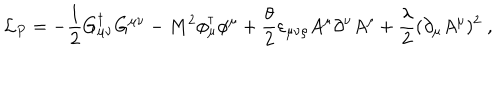
LaTeX: { \cal L } _ { P } = - \frac 1 2 G _ { \mu \nu } ^ { \dagger } G ^ { \mu \nu } - M ^ { 2 } \phi _ { \mu } ^ { \dagger } \phi ^ { \mu } + \frac { \theta } { 2 } \varepsilon _ { \mu \nu \rho } A ^ { \mu } \partial ^ { \nu } A ^ { \rho } + \frac { \lambda } { 2 } ( \partial _ { \mu } A ^ { \mu } ) ^ { 2 } \; ,